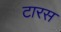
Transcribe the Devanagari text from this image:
टारस